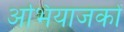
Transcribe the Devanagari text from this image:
अभियाजकों